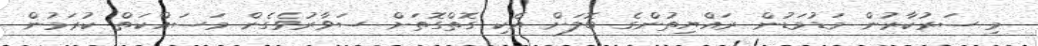
މި ސަރުކާރުން މަޑުމަޑުން ރައްޔިތުންގެ ބޮލަށް އެކި ގޮތްގޮތަށް ސަވާރުވެގެން މަސައްކަތް ކުރަމުން